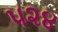
૫૨૪